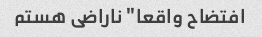
افتضاح واقعا" ناراضی هستم